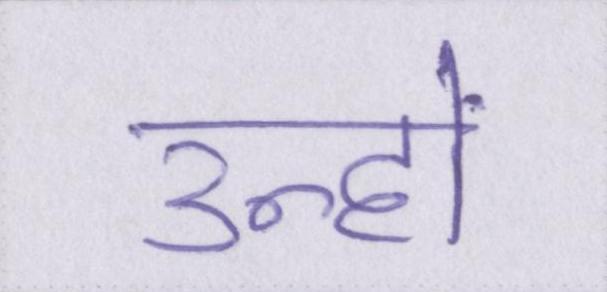
उन्हों